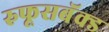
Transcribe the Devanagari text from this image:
रुफूसबॅक्ड